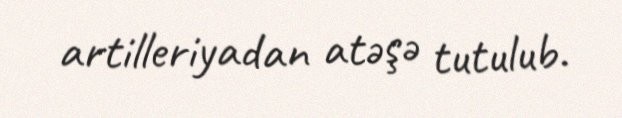
artilleriyadan atəşə tutulub.